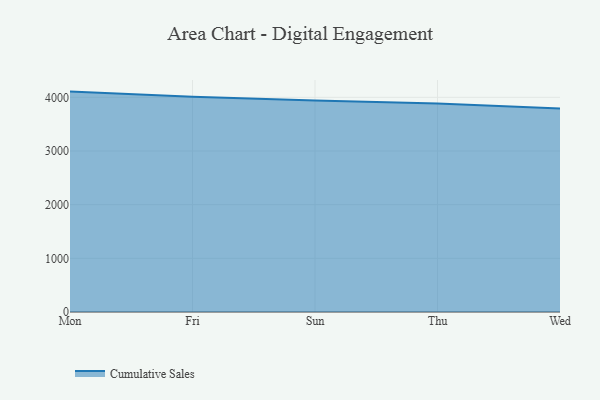
{"axis": {"x": "Day", "y": "Bounce Rate (%)"}, "legend": ["Cumulative Sales"], "data": [{"x": "Mon", "y": 4106.6, "type": "Cumulative Sales"}, {"x": "Fri", "y": 4011.4, "type": "Cumulative Sales"}, {"x": "Sun", "y": 3942.4, "type": "Cumulative Sales"}, {"x": "Thu", "y": 3883.7, "type": "Cumulative Sales"}, {"x": "Wed", "y": 3792.0, "type": "Cumulative Sales"}]}